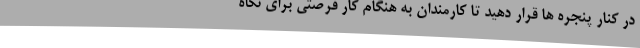
در کنار پنجره ها قرار دهید تا کارمندان به هنگام کار فرصتی برای نگاه